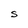
Character: S